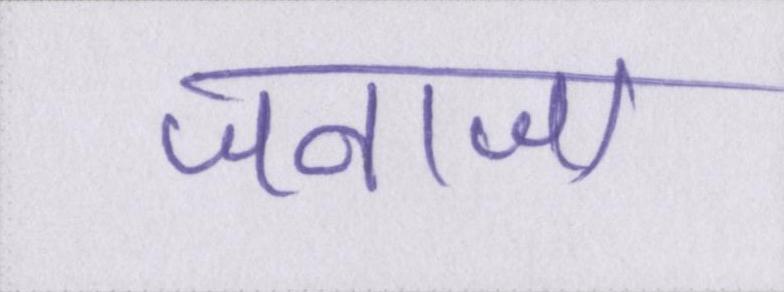
जनाजा